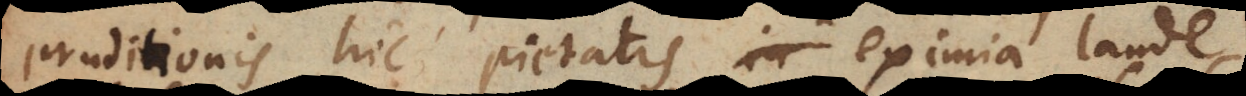
eruditionis hic pietatis eximia laude